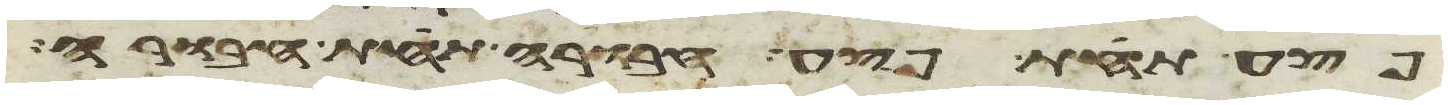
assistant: פצע תחת פצע חבורה תחת חבורה